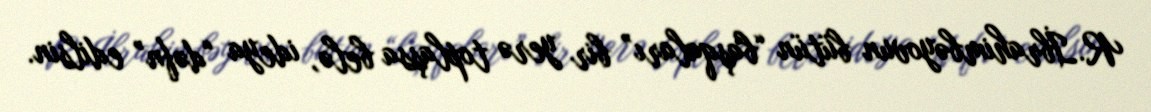
R.İbrahimbəyovun bütün “başqaları” bir yerə toplaşsa belə, ideya “dəfn” edilsin.